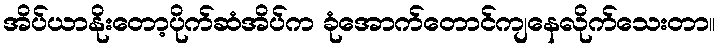
အိပ်ယာနိုးတော့ပိုက်ဆံအိပ်က ခုံအောက်တောင်ကျနေလိုက်သေးတာ။